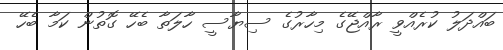
ބައްދަލު ކުރެއްވީ ރާއްޖޭގެ މިހާރުގެ ސިޔާސީ ހާލަތާ ބެހޭ ގޮތުން ކަމާ ބެހޭ